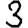
Digit: 3